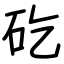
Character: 矻